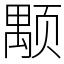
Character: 颙